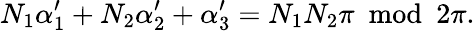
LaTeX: N_{1}\alpha_{1}^{\prime}+N_{2}\alpha_{2}^{\prime}+\alpha_{3}^{\prime}=N_{1}N_{2}\pi~~\mathrm{mod}~~2\pi.